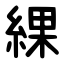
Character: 綶